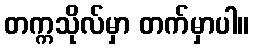
တက္ကသိုလ်မှာ တက်မှာပါ။